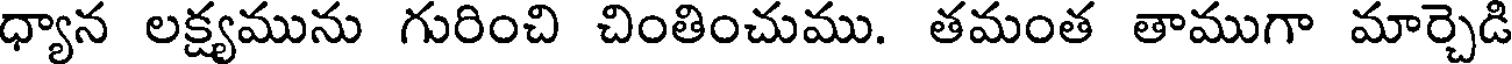
ధ్యాన లక్ష్యమును గురించి చింతించుము. తమంత తాముగా మార్చెడి